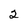
Character: 2